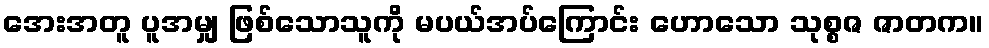
အေးအတူ ပူအမျှ ဖြစ်သောသူကို မပယ်အပ်ကြောင်း ဟောသော သုစ္စဇ ဇာတက။